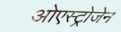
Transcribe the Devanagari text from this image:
ओएस्ट्रोजेन